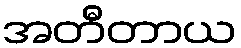
အတီတာယ